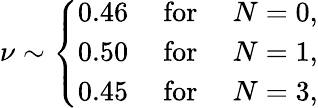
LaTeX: \nu\sim\left\{ \begin{array}{ccc}{{0.46}}&{{\mathrm{~for~}}}&{{N=0,}}\\ {{0.50}}&{{\mathrm{~for~}}}&{{N=1,}}\\ {{0.45}}&{{\mathrm{~for~}}}&{{N=3,}}\end{array}\right.